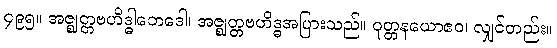
၄၉၅။ အဇ္ဈတ္တဗဟိဒ္ဓါဘေဒေါ၊ အဇ္ဈတ္တဗဟိဒ္ဓအပြားသည်။ ဝုတ္တနယောဧဝ၊ လျှင်တည်း။